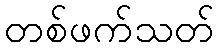
တစ်ဖက်သတ်